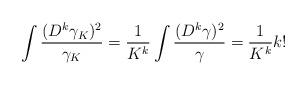
LaTeX: \begin{align*}\int\frac{(D^k\gamma_K)^2}{\gamma_K}=\frac{1}{K^k}\int \frac{(D^k\gamma)^2}{\gamma}=\frac{1}{K^k}k!\end{align*}